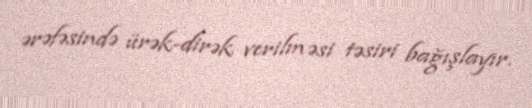
ərəfəsində ürək-dirək verilməsi təsiri bağışlayır.